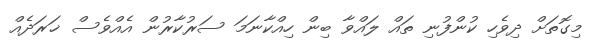
މިގޮތަށް ދިވެހި ކުންފުނި ތައް ލައްވާ ބިން ހިއްކާނަމަ ސަރުކާރުން އެއްވެސް ޚަރަދެއް